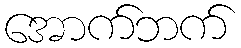
အောက်ဘက်